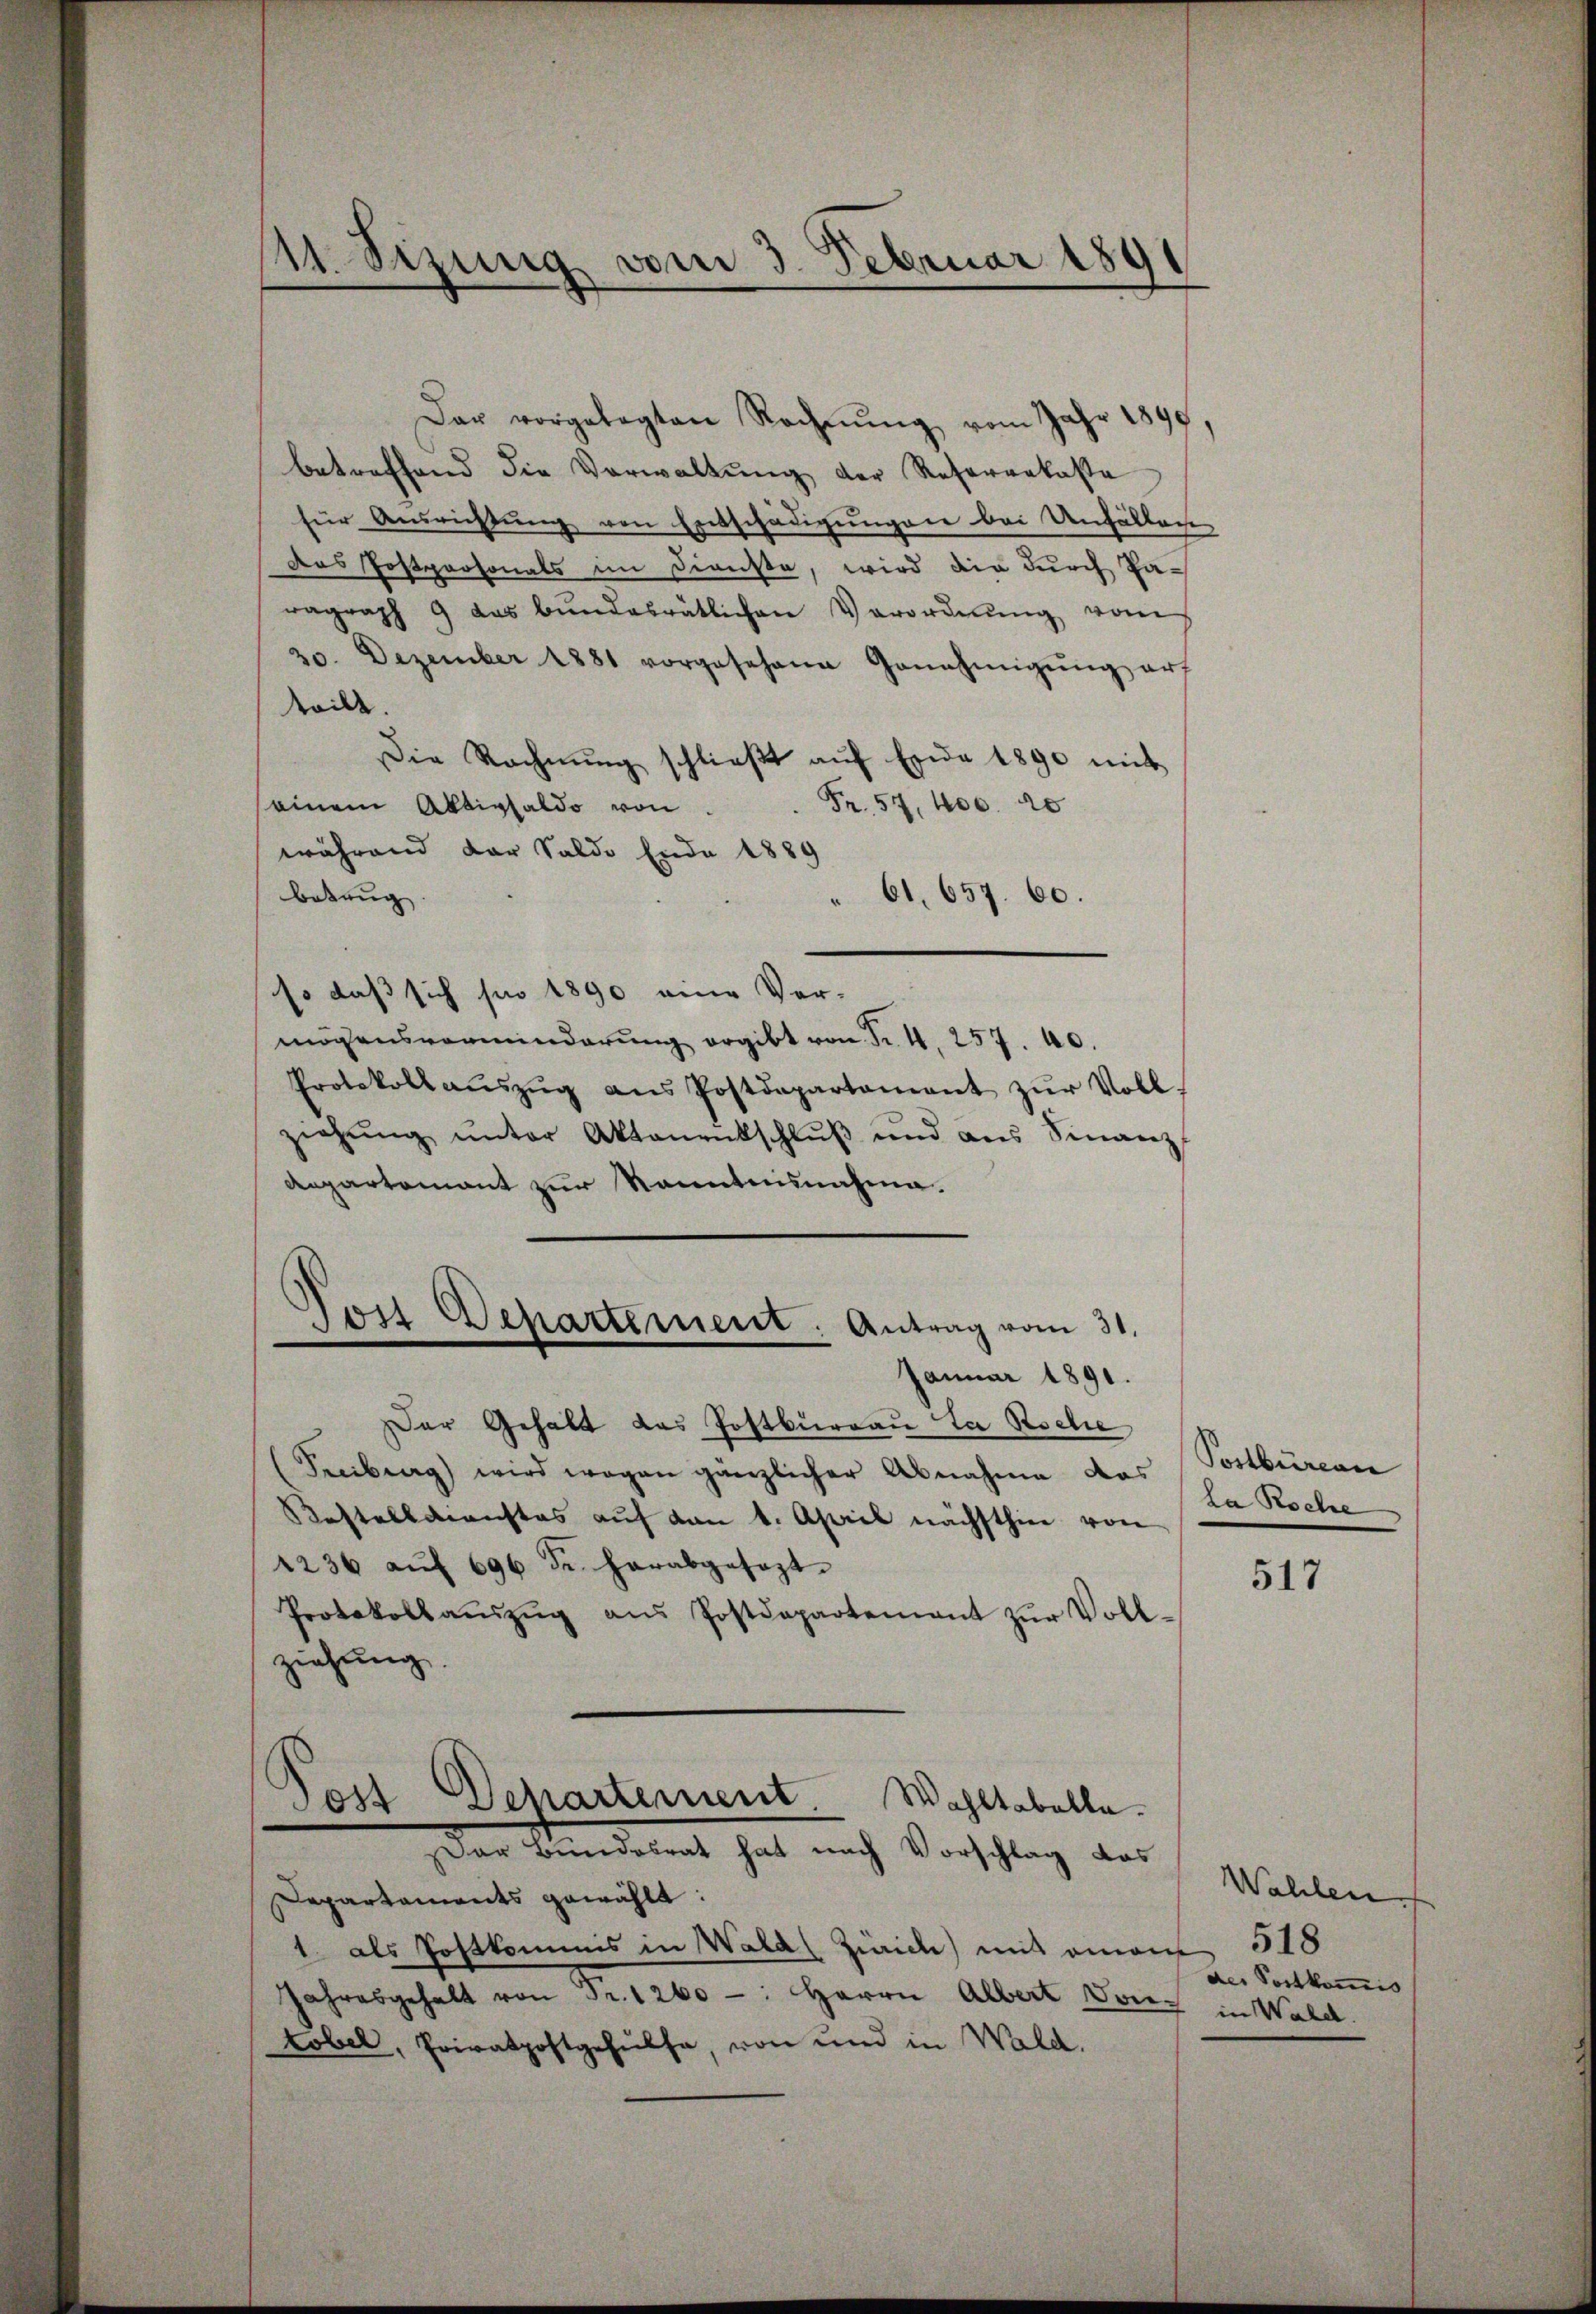
Dar vorgelegten Rechnŭng vom Jahr 1890
betreffend die Verwaltŭng der Referenkaste
für Ausrichtŭng von Entschädigungen bei Unfällen
das Postpersonals im Dienste, wird die durch Paragraph 9 das bŭndesrätlichen Verordnŭng vom
20. Dezember 1881 vorgesehene Genehmigŭng auf
teilt.
Die Rechnŭng schlieβt aŭf Exde 1890 mit
seinem Aktivsaldo von Fr. 57, 400. 20
während der Saldo Ende 1889
betung.
" 61. 657. 60.
so daß sich pro 1890 eine Vor-
mögensverminderŭng ergibt von Fr. 4. 257. 40.
Protokoll aŭszŭg ans Postdepartament zŭr Voll-
ziehŭng ŭnter Aktanentschlŭβ ŭnd ans Finanz
Anpartement zur Kenntnisnahme.
Post Departement: Antrag vom 31.
Januar 1891.
er Gehalt das Postburgau la Roche
(Secibung) wird wegen gänzlicher Abnahme das
Kestallmenstes auf den 1. April nächsthin von
1236 aŭf 696 dr. herabgesezt.
Protokollaŭszŭg ans Postdepartement zŭr Voll-
ziehung.
Post Departement Wohltabelle.
ar Bundesrat hat nach Vorschlag das
Departaments gewählt:
1. als Postkommis in Wald Zürich) mit einen
Jahresgehalt von Fr. 1260 -: Herrn Albert Von in Wald.
tobel, Privatpostgehülfe, von und in Wald.

111. Sizung vom 3. Februar 1891

Postbüreau
La Roche

517

Wahlen
518
der Portkommis